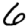
Digit: 6